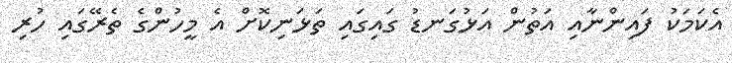
އެކަމަކު ފައިންނާއި އަތުން އަޅުގަނޑު ގައިގައި ތަޅަނިކޮށް އެ މީހުންގެ ތެރޭގައި ހުރި